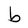
Character: b